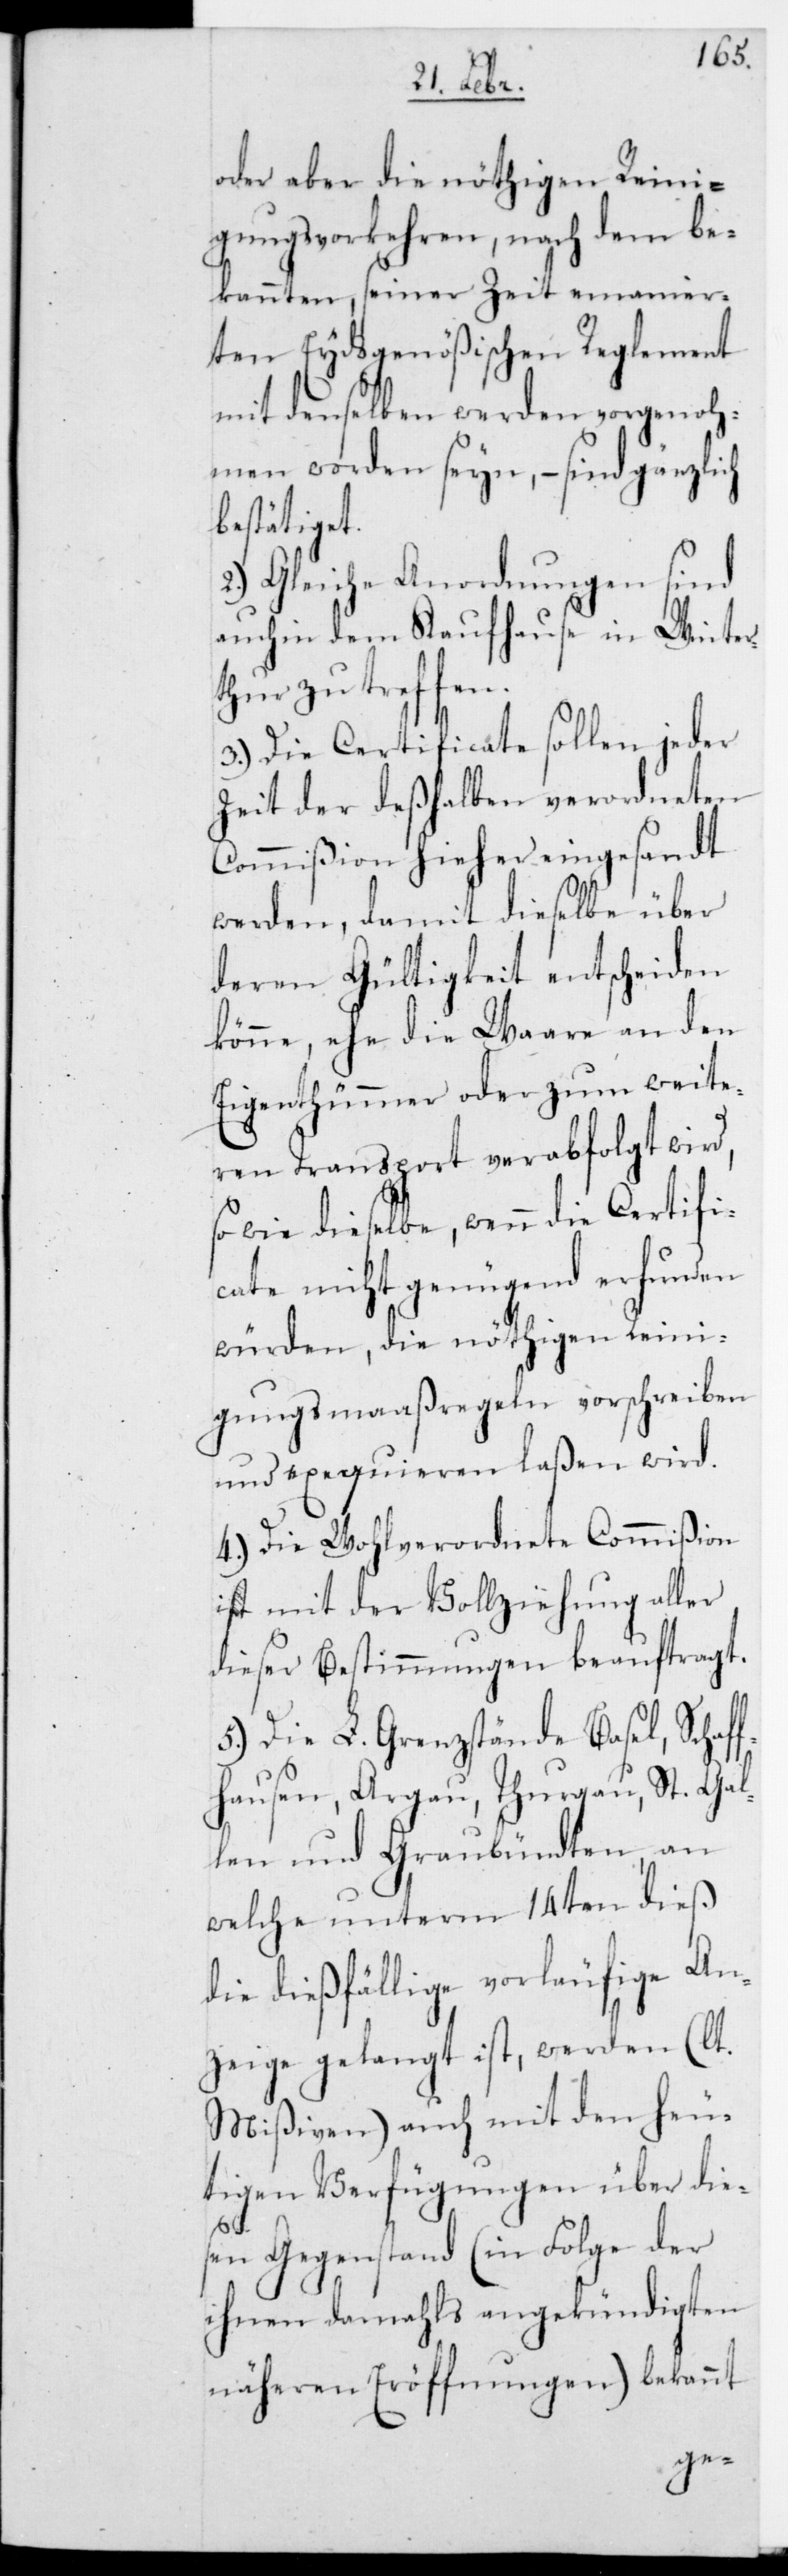
oder aber die nöthigen Reini¬
gungsvorkehren, nach dem be¬
kannten, seiner Zeit emanier¬
ten Eydsgenößischen Reglement
mit denselben werden vorgenoh¬
men worden seyn, – sind gänzlich
bestätiget.
2.) Gleiche Anordnungen sind
auch in dem Kaufhause in Winter¬
thur zu treffen.
3.) Die Certificate sollen jeder
Zeit der deshalben verordneten
Commißion hieher eingesandt
werden, damit dieselbe über
deren Gültigkeit entscheiden
könne, ehe die Ware an den
Eigentümer oder zum weite¬
ren Transport verabfolgt wird,
sowie dieselbe, wenn die Certifi¬
cate nicht genügend erfunden
würden, die nöthigen Reini¬
gungsmaaßregeln vorschreiben
und exequieren laßen wird.
4.) Die Wohlverordnete Commißion
ist mit der Vollziehung aller
dieser Bestimmungen beauftragt.
5.) Die L. Grenzstände Basel, Schaff¬
hausen, Argau, Thurgau, St. Gal¬
len und Graubündten, an
welche unterm 14ten dieß
die dießfällige vorläufige An¬
zeige gelangt ist, werden (lt.
Mißiven) auch mit den heu¬
tigen Verfügungen über die¬
sen Gegenstand (in Folge der
ihnen damals angekündigten
näheren Eröffnungen) bekannt